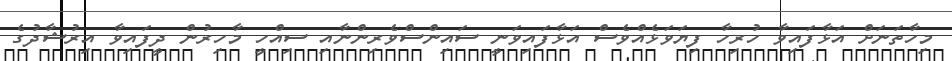
މިހާތަނަށް އަޅާފައިވާ ހުރިހާ ފިޔަވަޅެއްވެސް އަޅާފައިވަނީ ސައިންސްވެރިންނާއި ސިއްހީ މާހިރުން ދީފައިވާ އިރުޝާދުގެ